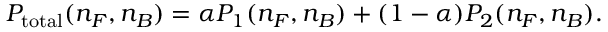
P _ { \mathrm { t o t a l } } ( n _ { F } , n _ { B } ) = \alpha P _ { 1 } ( n _ { F } , n _ { B } ) + ( 1 - \alpha ) P _ { 2 } ( n _ { F } , n _ { B } ) .